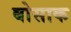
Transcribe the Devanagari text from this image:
बोसाक